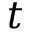
t